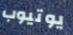
يوتيوب